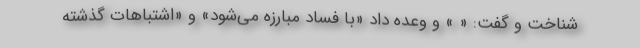
شناخت و گفت: « » و وعده داد «با فساد مبارزه می‌شود» و «‌اشتباهات گذشته